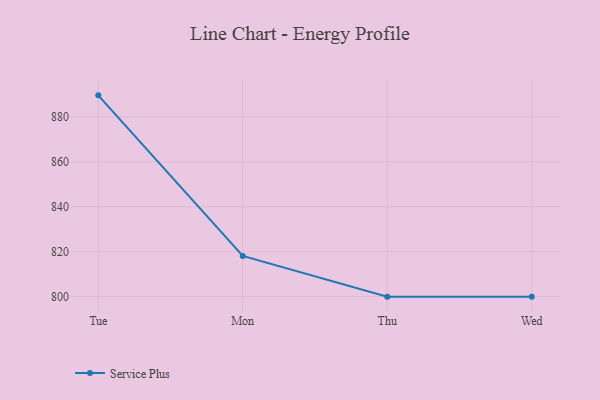
{"axis": {"x": "Day", "y": "Page Views"}, "legend": ["Service Plus"], "data": [{"x": "Tue", "y": 889.6, "type": "Service Plus"}, {"x": "Mon", "y": 818.1, "type": "Service Plus"}, {"x": "Thu", "y": 800, "type": "Service Plus"}, {"x": "Wed", "y": 800, "type": "Service Plus"}]}